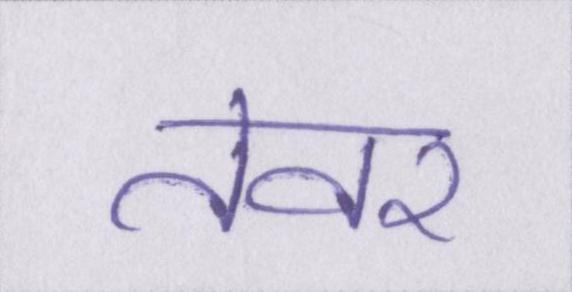
तेवर